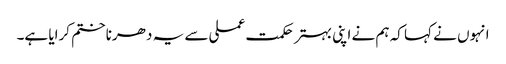
انہوں نے کہا کہ ہم نے اپنی بہتر حکمت عملی سے یہ دھرنا ختم کرایا ہے۔